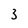
Character: 3